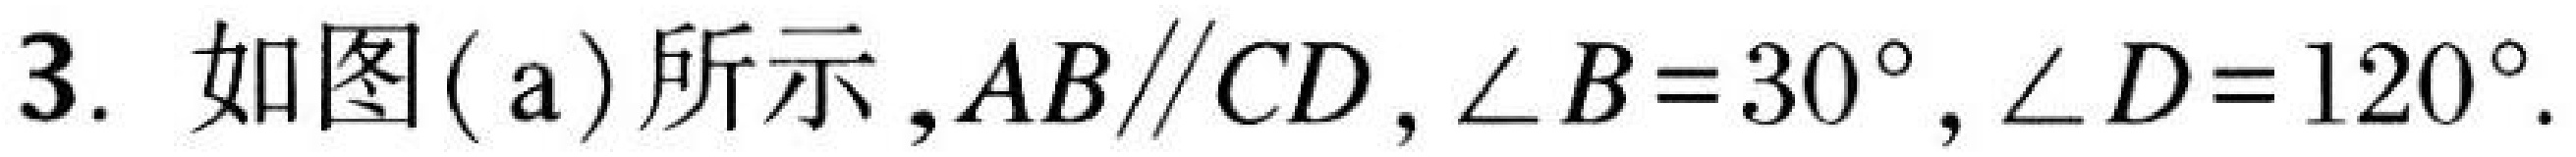
3. 如图(a)所示，\(AB\parallel CD\)，\(\angle B = 30^{\circ}\)，\(\angle D = 120^{\circ}\).